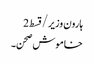
ہارون وزیر/قسط2
خاموش صحن۔